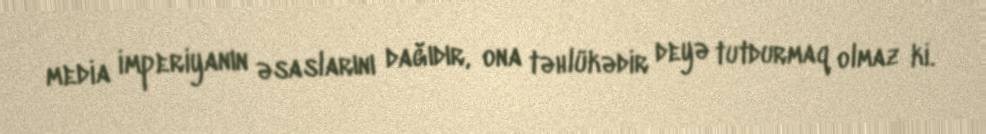
media imperiyanın əsaslarını dağıdır, ona təhlükədir deyə tutdurmaq olmaz ki.